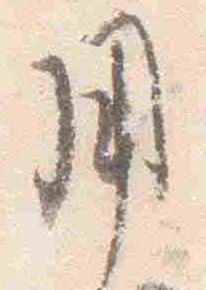
用